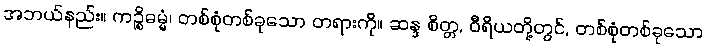
အဘယ်နည်း။ ကဉ္စိဓမ္မံ၊ တစ်စုံတစ်ခုသော တရားကို။ ဆန္ဒ စိတ္တ, ဝီရိယတို့တွင်, တစ်စုံတစ်ခုသော